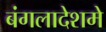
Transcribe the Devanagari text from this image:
बंगलादेशमे